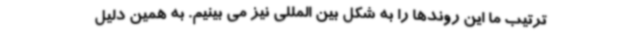
ترتیب ما این روندها را به شکل بین المللی نیز می بینیم. به همین دلیل